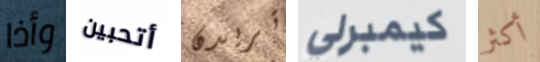
وأذا أتحبين تريدن كيمبرلي أكثر